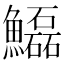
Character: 𩽊